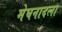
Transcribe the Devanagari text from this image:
मेघनादला